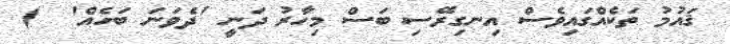
ޤައުމު ތަކެއްގައިވެސް އިނގިރޭސި ބަސް މިހާރު ދަނީ 'ދެވަނަ ބަހެއް'  )